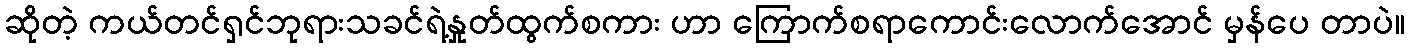
ဆိုတဲ့ ကယ်တင်ရှင်ဘုရားသခင်ရဲ့နှုတ်ထွက်စကား ဟာ ကြောက်စရာကောင်းလောက်အောင် မှန်ပေ တာပဲ။